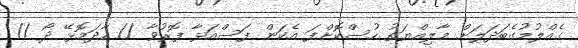
ގެއްލުމުގެބަދަލަށް މާލިއްޔަތު ހުސްކޮށްފަ އެކަން ފަސްއަޅާ ފޮރުވާ // ހާދަމޮޅޭ ދޯ //